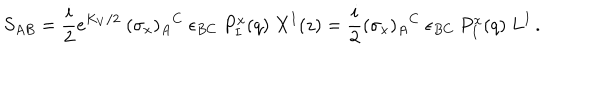
S _ { A B } = { \frac { i } { 2 } } e ^ { K _ { V } / 2 } ~ ( \sigma _ { x } ) _ { A } { } ^ { C } ~ \epsilon _ { B C } ~ P _ { I } ^ { x } ( q ) ~ X ^ { I } ( z ) = { \frac { i } { 2 } } ( \sigma _ { x } ) _ { A } { } ^ { C } ~ \epsilon _ { B C } ~ P _ { I } ^ { x } ( q ) ~ L ^ { I } \, .